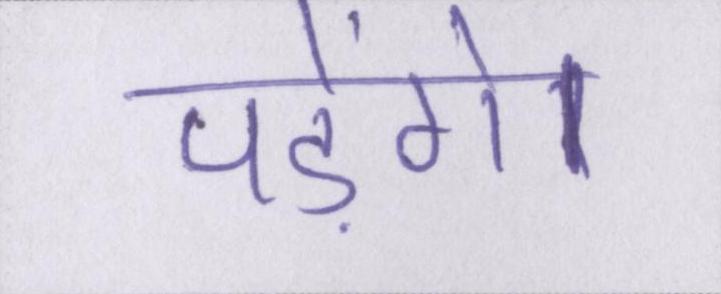
पड़ेंगे।